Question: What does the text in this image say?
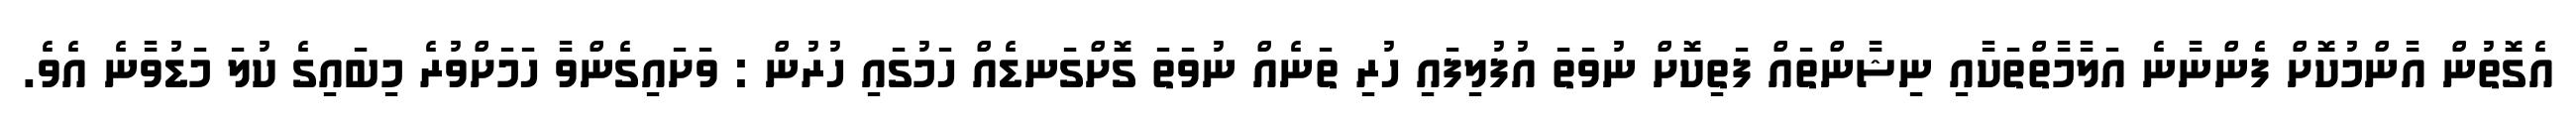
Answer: އެގޮތުން އާންމުކޮށް ފެންނާނެ އަލާމާތްތަކާއި ނިޝާންތައް ފަތިކޮށް ނުވަތަ އުފުލިފައި ހުރި ތަނެއް ނުވަތަ ގޮށްގަނޑެއް ހަމުގައި ހުރުން : ވަށައިގެންވާ ހަމަށްވުރެ މިބައިގެ ކުލަ މަޑުވާނެ އެވެ.